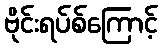
ဗိုင်းရပ်စ်ကြောင့်